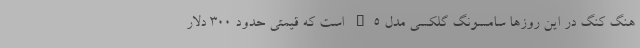
هنگ کنگ در این روزها سامسونگ گلکسی مدل J5 است که قیمتی حدود 300 دلار